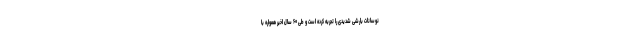
نوسانات بارشی شدیدی را تجربه کرده است و طی ۶۰ سال اخیر همواره با